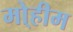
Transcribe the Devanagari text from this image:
मो्हीम